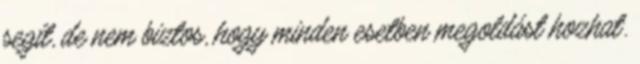
segít, de nem biztos, hogy minden esetben megoldást hozhat.